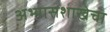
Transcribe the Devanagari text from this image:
अभ्यासशाखेचा